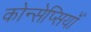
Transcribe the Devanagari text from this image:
कोन्सेप्सियॉँ